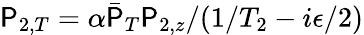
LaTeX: \mathsf{P}_{2,T}=\alpha\bar{{\mathsf{P}}}_{T}\mathsf{P}_{2,z}/(1/T_{2}-i\epsilon/2)